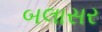
બલાસર